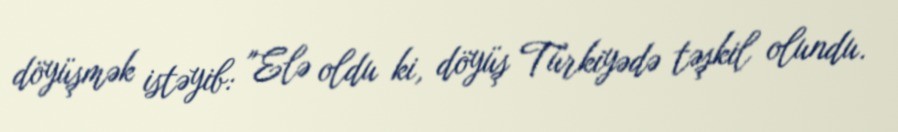
döyüşmək istəyib: "Elə oldu ki, döyüş Türkiyədə təşkil olundu.